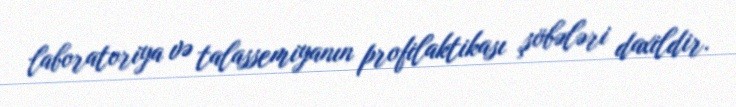
laboratoriya və talassemiyanın profilaktikası şöbələri daxildir.